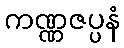
ကဏ္ဏဇပ္ပနံ